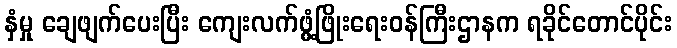
နှံမှု ချေဖျက်ပေးပြီး ကျေးလက်ဖွံ့ဖြိုးရေးဝန်ကြီးဌာနက ရခိုင်တောင်ပိုင်း